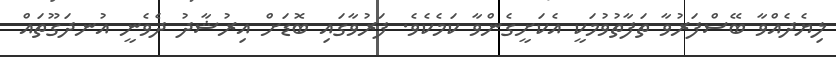
ލިޔެދެއްވާ ބޭސްފަރުވާ ތަފާތުވުމަކީ އެކަށީގެންވާ ކަމެކެވެ. ފަރުވާގައި ބޮޑަށް އިރުޝާދު ދެވެނީ އުނދަގޫތައް